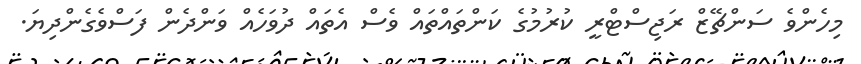
މިހެންވެ ސަންޗޭޒް ރަޖިސްޓްރީ ކުރުމުގެ ކަންތައްތައް ވެސް އެތައް ދުވަހެއް ވަންދެން ފަސްވެގެންދިޔަ.